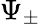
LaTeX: \Psi_{\pm}